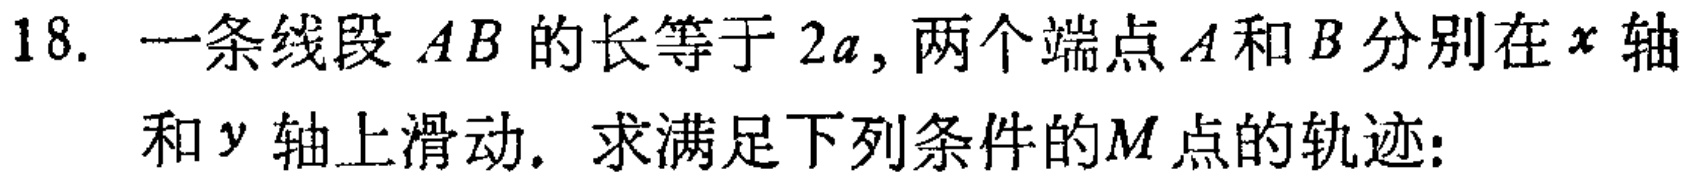
18. 一条线段 \(AB\) 的长等于 \(2a\)，两个端点 \(A\) 和 \(B\) 分别在 \(x\) 轴和 \(y\) 轴上滑动. 求满足下列条件的 \(M\) 点的轨迹: